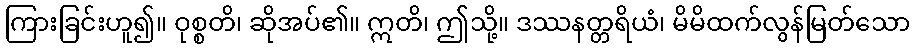
ကြားခြင်းဟူ၍။ ဝုစ္စတိ၊ ဆိုအပ်၏။ ဣတိ၊ ဤသို့။ ဒဿနတ္တရိယံ၊ မိမိထက်လွန်မြတ်သော